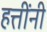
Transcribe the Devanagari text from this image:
हत्तींनी